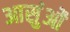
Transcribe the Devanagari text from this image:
आसुंओं